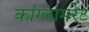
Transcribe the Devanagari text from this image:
कांग्लामरेट